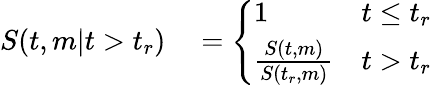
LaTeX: \begin{array}{rl}{S(t,m|t>t_{r})}&{{}=\left\{ \begin{array}{ll}{1}&{t\leq t_{r}}\\ {\frac{S(t,m)}{S(t_{r},m)}}&{t>t_{r}}\end{array}\right.}\end{array}